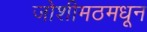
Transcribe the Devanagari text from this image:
जोशीमठमधून